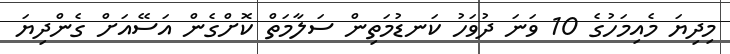
މިދިޔަ މެއިމަހުގެ 10 ވަނަ ދުވަހު ކަނޑުމަތިން ސަލާމަތް ކޮށްގެން އަސޭއަށް ގެންދިޔަ